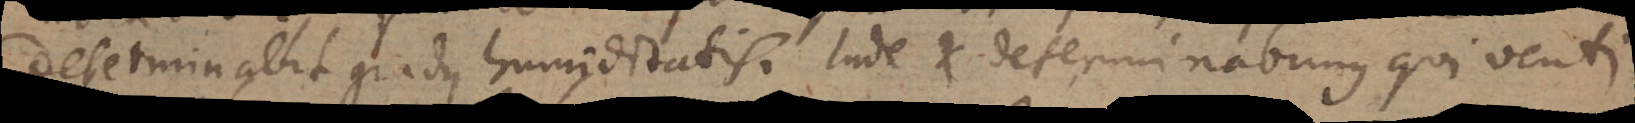
determinabit gradus humiditatis. Inde et determinabimus qui venti